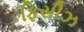
ફિસીઝ